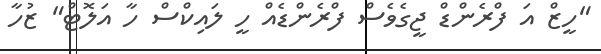
"ހީޒް އަ ފްރެންޑް ޖީގެވެސް ފްރެންޑެއް ހީ ލައިކްސް ހާ އަލޮޓް" ޒުހާ